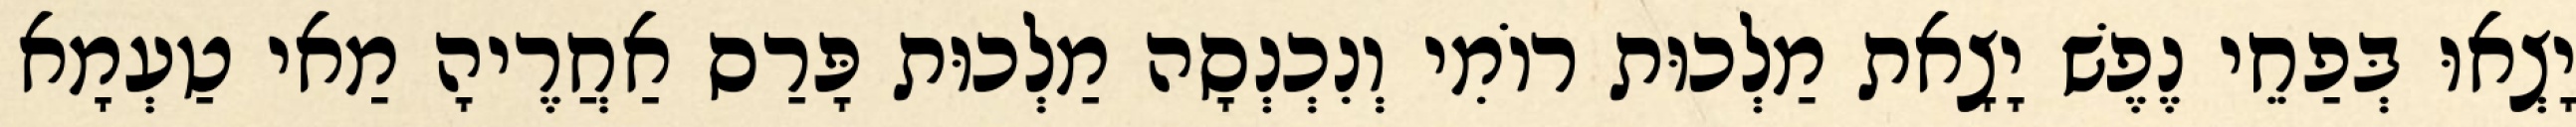
יָצְאוּ בְּפַחֵי נֶפֶשׁ יָצָאת מַלְכוּת רוֹמִי וְנִכְנְסָה מַלְכוּת פָּרַס אַחֲרֶיהָ מַאי טַעְמָא